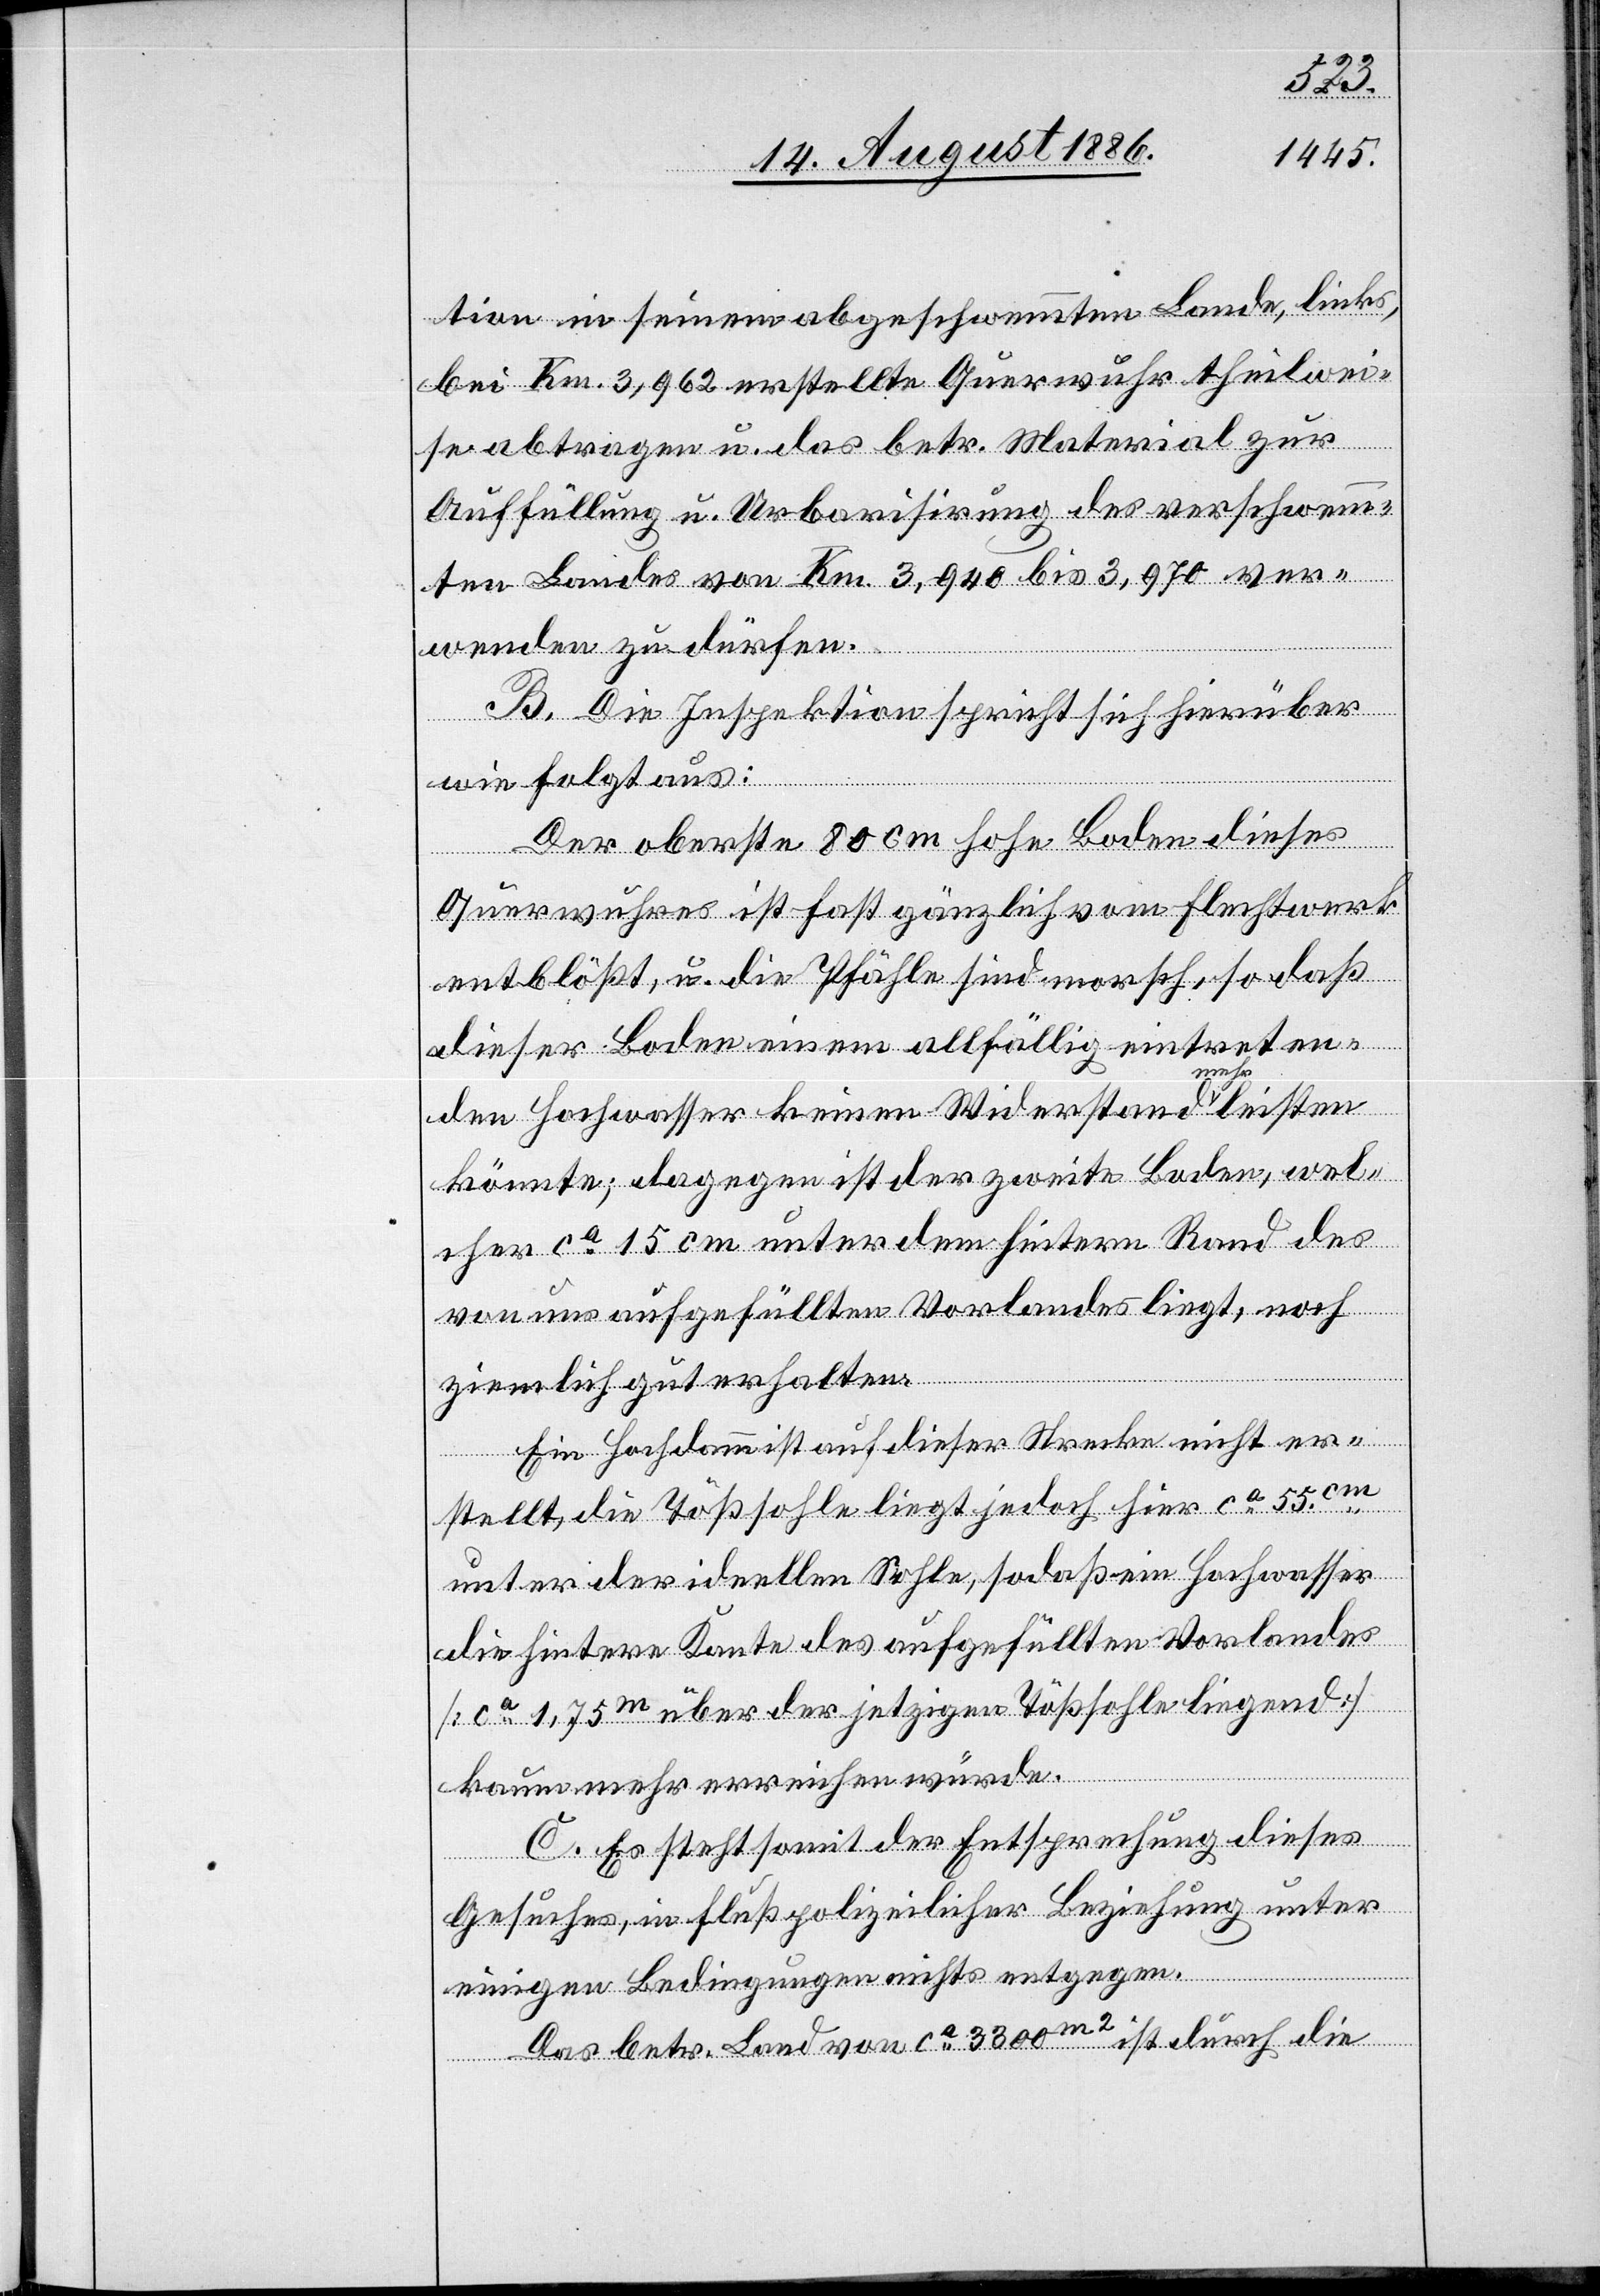
tion in seinem abgeschwemmten Lande, links,
bei Km. 3,962 erstellte Querwuhr theilwei¬
se abtragen u. das betr. Material zur
Auffüllung und Urbarisirung des verschwemm¬
ten Landes von Km. 3,940 bis 3,970 ver¬
wenden zu dürfen.
B. Die Inspektion spricht sich hierüber
wie folgt aus:
Der oberste 80 cm hohe Boden dieses
Querwuhres ist fast gänzlich vom Flechtwerk
entblößt, u. die Pfähle sind morsch, so daß
dieser Boden einem allfällig eintreten¬
den Hochwasser keinen Widerstand a-mehr-a leisten
könnte; dagegen ist der zweite Boden, wel¬
cher ca 15 cm unter dem hintern Rand des
von uns aufgefüllten Vorlandes liegt, noch
ziemlich gut erhalten.
Ein Hochdamm ist auf dieser Strecke nicht er¬
stellt, die Tößsohle liegt jedoch hier ca 55cm
unter der ideellen Sohle, sodaß ein Hochwasser
die hintere Kante des aufgefüllten Vorlandes
[ca 1,75m über der jetzigen Tößsohle liegend]
kaum mehr erreichen würde.
C. Es steht somit der Entsprechung dieses
Gesuches, in flußpolizeilicher Beziehung unter
einigen Bedingungen nichts entgegen.
Das betr. Land von ca 3300m2 ist durch die